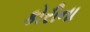
કોરીના